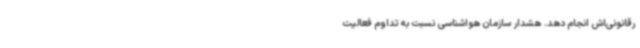
رقانونی‌اش انجام دهد. هشدار سازمان هواشناسی نسبت به تداوم فعالیت